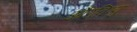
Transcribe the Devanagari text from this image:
औरविष्णु